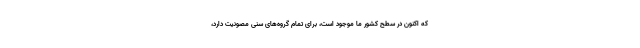
که اکنون در سطح کشور ما موجود است، برای تمام گروه‌های سنی مصونیت دارد،